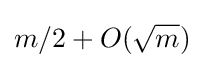
m/2+O({\sqrt {m}})